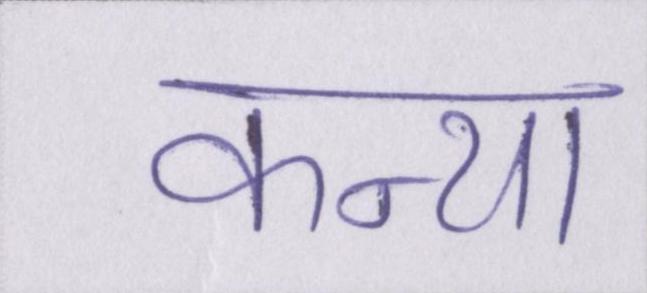
कन्या